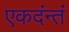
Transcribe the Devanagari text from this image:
एकदंन्तं